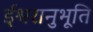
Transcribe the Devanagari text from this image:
ईश्वरानुभूति